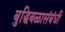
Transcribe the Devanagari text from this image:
बुद्धिबळासंबंधी